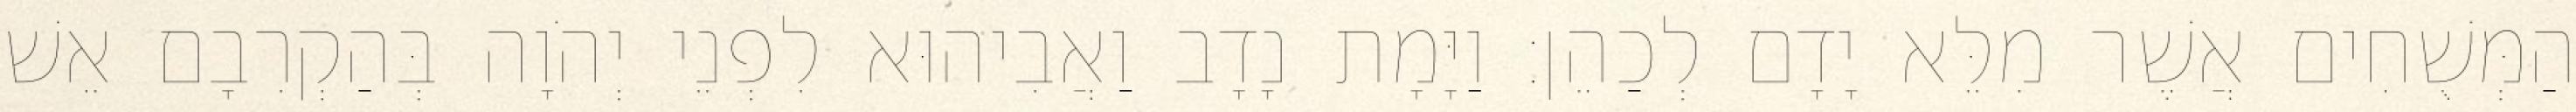
הַמְּשֻׁחִים אֲשֶׁר מִלֵּא יָדָם לְכַהֵן׃ וַיָּמָת נָדָב וַאֲבִיהוּא לִפְנֵי יְהֹוָה בְּהַקְרִבָם אֵשׁ